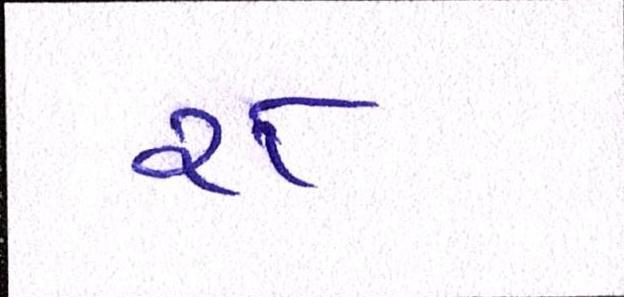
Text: ૨૮